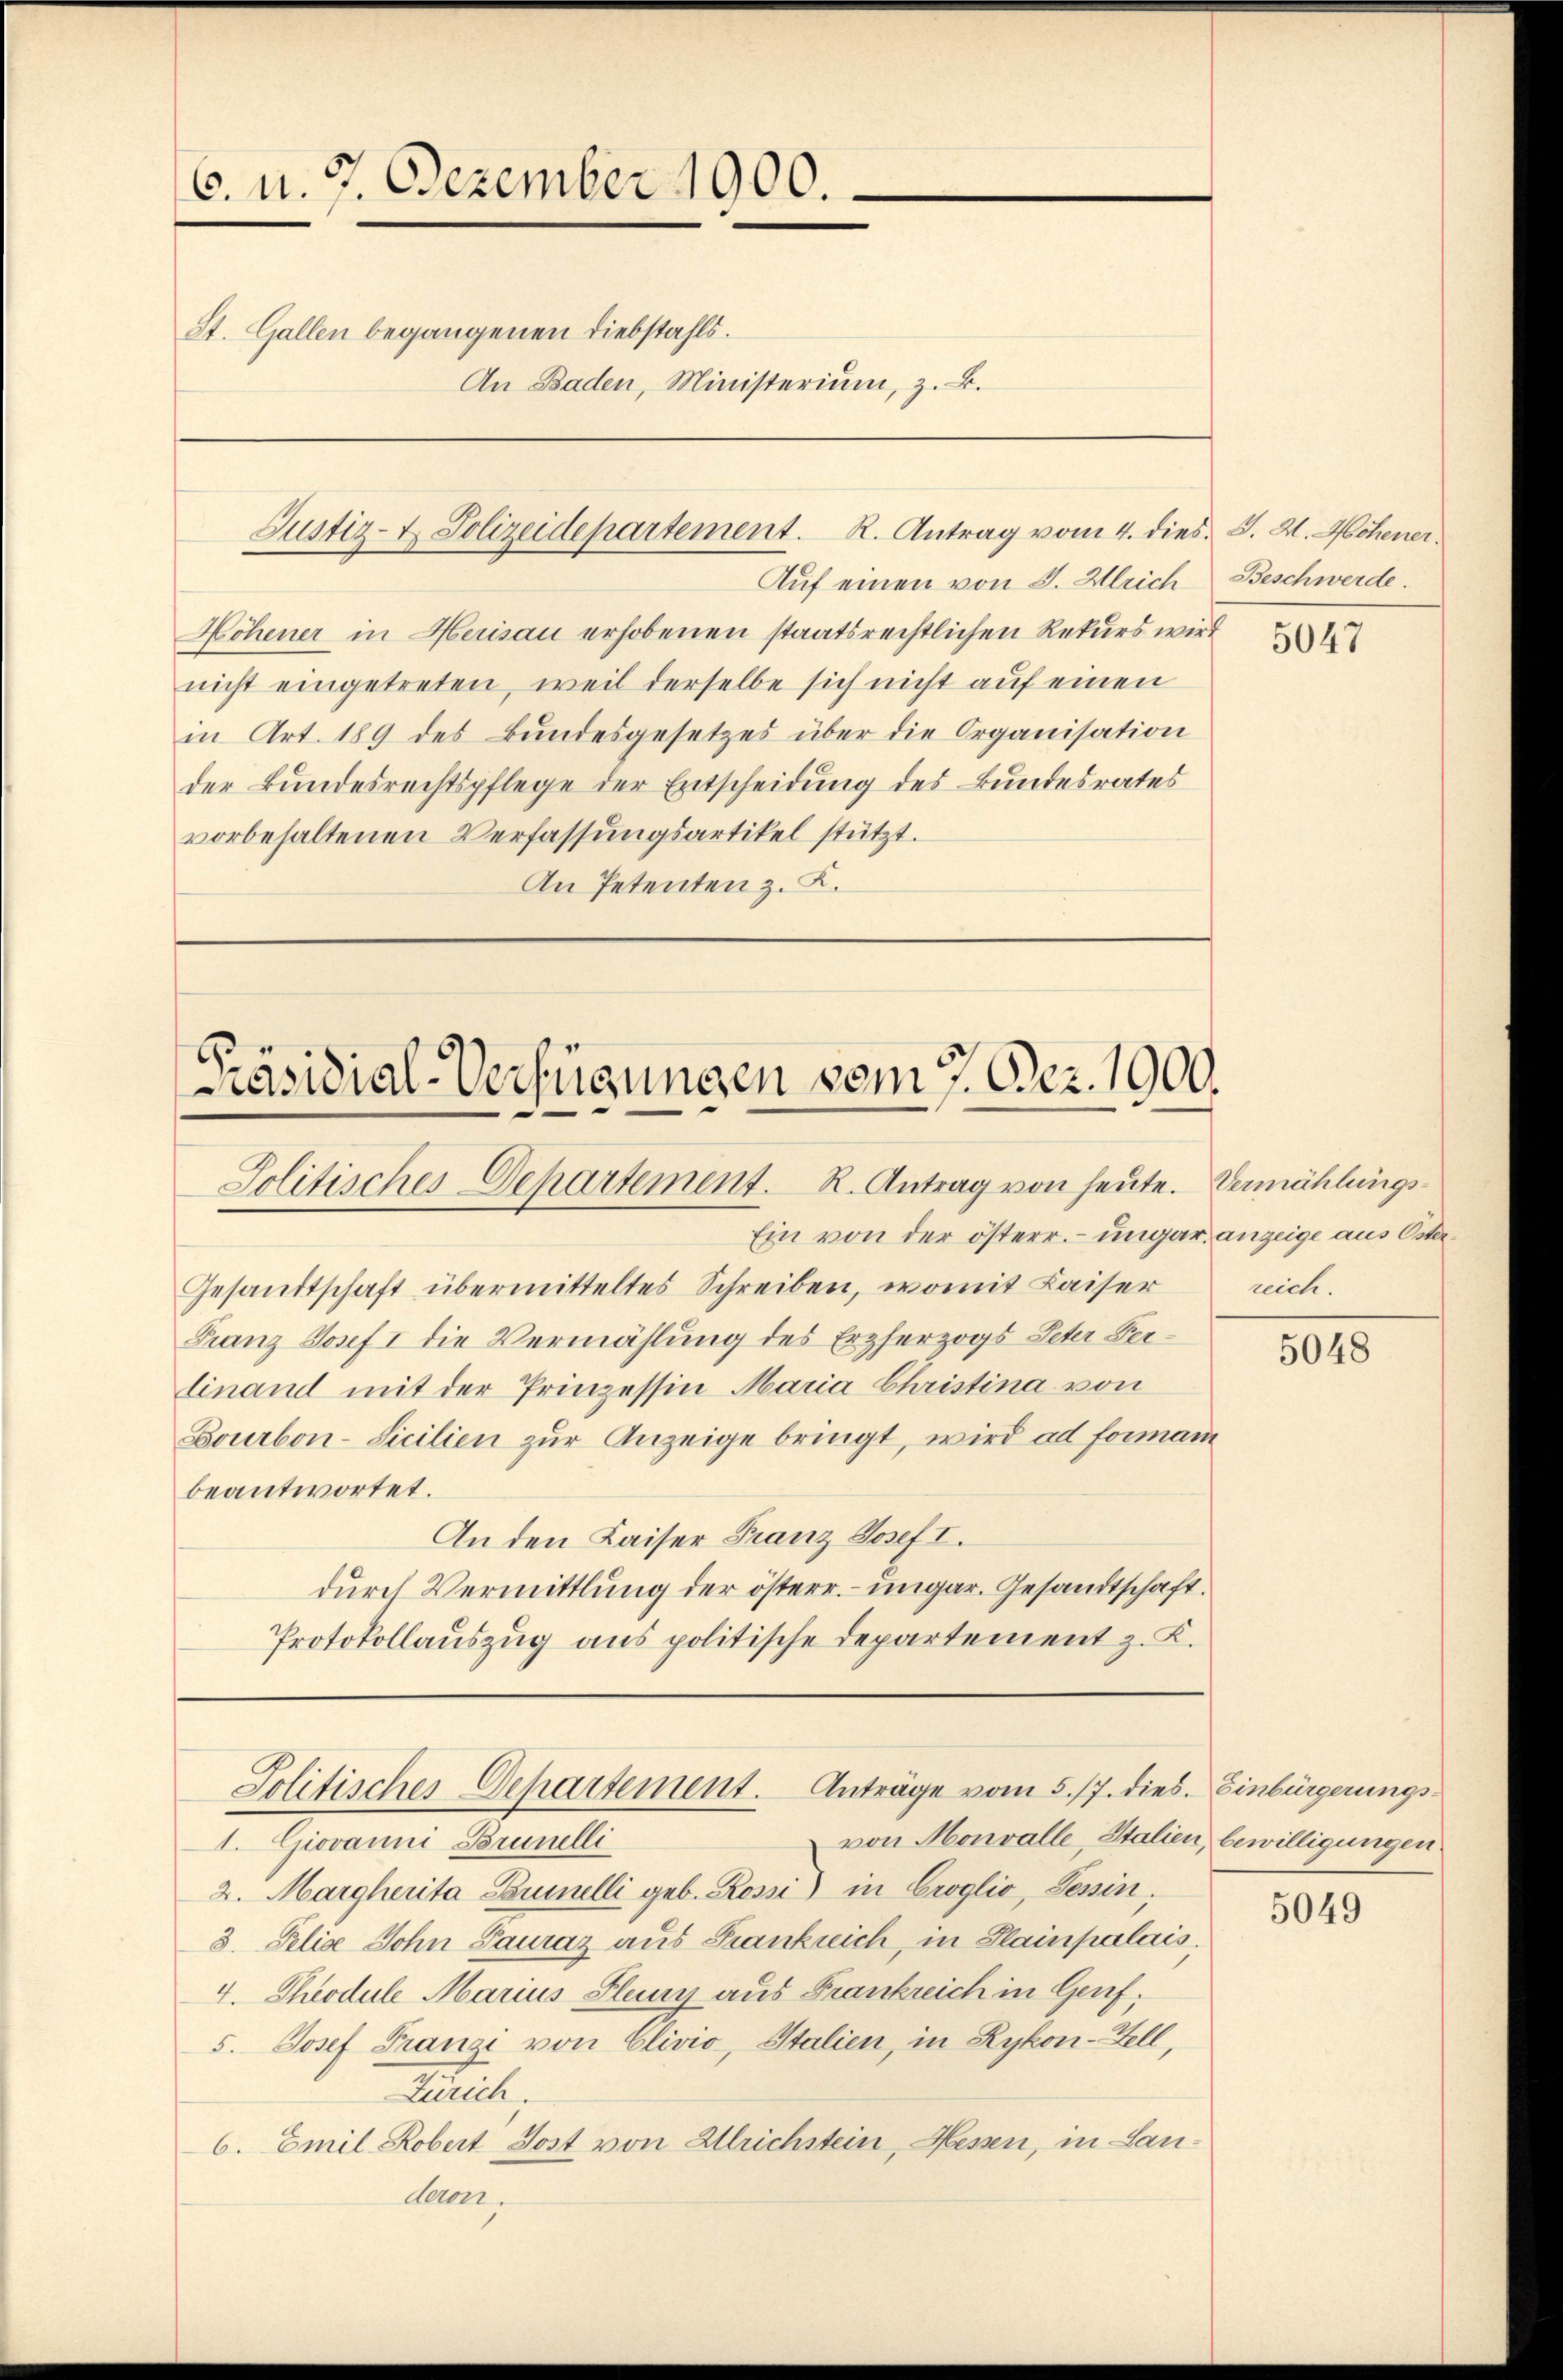
6. u. 7. Dezember 1900.
St. Gallen begangenen Diebstahls.
An Baden, Ministerium, z. B.

Justiz- & Polizeidepartement. R. Antrag vom 4. dies. S. X. Hohener.

Auf einen von J. Gleich Beschwerde.
Höhener in Herisau erhobenen staatsrechtlichen Rekurs wird
nicht eingetreten, weil derselbe sich nicht auf einen
in Art. 189 des Bundesgesetzes über die Organisation
der Bundesrechtspflege der Entscheidung des Bundesrates
vorbehaltenen Verfassŭngsartikel stützt.
An Petenten z. B.

[Präsidial-Verfügungen vom 7. Dez. 1900.
Jolitisches Departement. R. Antrag von heute. Vermählungs¬

Ein von der österr. ungar anzeige aus Oster
Gesandtschaft übermitteltes Schreiben, womit Kaiser
Franz Josef I die Vermählung des Erzherzogs Peter Verlinand mit der Prinzessin Maria Christina von
Bourbon-Sicilien zur Anzeige bringt, wird ad formani
beantwortet.
An den Kaiser Franz Josef I.
durch Vermittlung der österr. – ungar. Gesandtschaft.
Protokollauszug aus politische Departement z. K.

von Monvalle, Stalien, bewilligungen
1. Giovanni Brunelli
2. Margherita Cumelli geb. Rossi) in Croglio, Tessin,
3. Peliae Sohn Pauraz aus Frankreich, in Plainpalais.
4. Theodule Marius Fley aus Frankreich in Genf,
5. Josef Franzi von Clivio, Stalien, in Rykon-Zell,
Zürich.
6. Emil Robert Jost von Ulrichstein, Hessen, in Landeren.

Jolitisches Departement. Anträge vom 5./7. dies. Einbürgerungs¬

5047

reich.

5048

5049